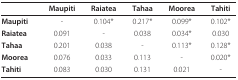
<table><thead><tr><td></td><td><b>Maupiti</b></td><td><b>Raiatea</b></td><td><b>Tahaa</b></td><td><b>Moorea</b></td><td><b>Tahiti</b></td></tr></thead><tbody><tr><td><b>Maupiti</b></td><td>-</td><td>0.104*</td><td>0.217*</td><td>0.099*</td><td>0.102*</td></tr><tr><td><b>Raiatea</b></td><td>0.091</td><td>-</td><td>0.038</td><td>0.034*</td><td>0.030</td></tr><tr><td><b>Tahaa</b></td><td>0.201</td><td>0.038</td><td>-</td><td>0.113*</td><td>0.128*</td></tr><tr><td><b>Moorea</b></td><td>0.076</td><td>0.033</td><td>0.113</td><td>-</td><td>0.020*</td></tr><tr><td><b>Tahiti</b></td><td>0.083</td><td>0.030</td><td>0.131</td><td>0.021</td><td>-</td></tr></tbody></table>